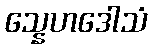
သ္နေဟဒေါသံ